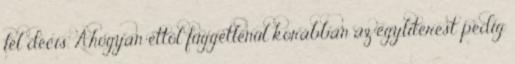
fél decis. Ahogyan ettől függetlenül korábban az egyliterest pedig